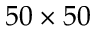
5 0 \times 5 0